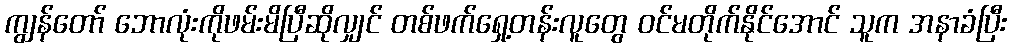
ကျွန်တော် ဘောလုံးကိုဖမ်းမိပြီဆိုလျှင် တစ်ဖက်ရှေ့တန်းလူတွေ ဝင်မတိုက်နိုင်အောင် သူက အနာခံပြီး